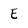
Character: E